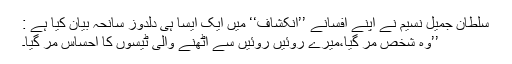
سلطان جمیل نسیم نے اپنے افسانے ’’انکشاف‘‘ میں ایک ایسا ہی دلدوز سانحہ بیان کیا ہے :
’’وہ شخص مر گیا،میرے روئیں روئیں سے اٹھنے والی ٹیسوں کا احساس مر گیا۔